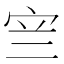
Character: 𭓨